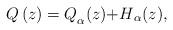
LaTeX: \begin{align*}{Q\left( z \right)=Q}_{\alpha }(z){+H}_{\alpha }(z),\end{align*}